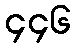
၄၄၆